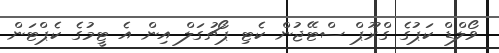
ވޯލްޑް ކަޕުގެ ގްރޫޕް ސްޓޭޖުން ކެޓި ޕޯޗުގަލް އިން އެ ޓީމުގެ ކެޕްޓަން